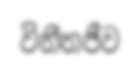
විනීතජීව